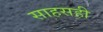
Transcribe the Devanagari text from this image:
साहसही